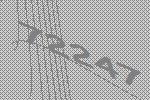
72247